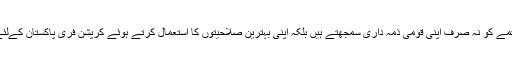
نیب کے افسران بدعنوانی کے خاتمے کو نہ صرف اپنی قومی ذمہ داری سمجھتے ہیں بلکہ اپنی بہترین صلاحیتوں کا استعمال کرتے ہوئے کرپشن فری پاکستان کےلئے بھر پور کاوشےں کررہے ہیں۔